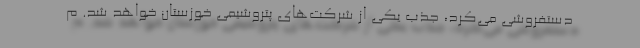
دستفروشی می‌کرد، جذب یکی از شرکت‌های پتروشیمی خوزستان خواهد شد. م